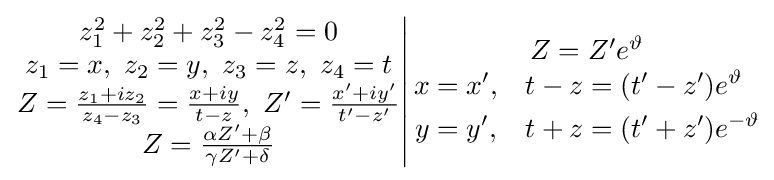
\left.{\begin{matrix}z_{1}^{2}+z_{2}^{2}+z_{3}^{2}-z_{4}^{2}=0\\z_{1}=x,\ z_{2}=y,\ z_{3}=z,\ z_{4}=t\\Z={\frac {z_{1}+iz_{2}}{z_{4}-z_{3}}}={\frac {x+iy}{t-z}},\ Z'={\frac {x'+iy'}{t'-z'}}\\Z={\frac {\alpha Z'+\beta }{\gamma Z'+\delta }}\end{matrix}}\right|{\begin{matrix}Z=Z'e^{\vartheta }\\{\begin{aligned}x&=x',&t-z&=(t'-z')e^{\vartheta }\\y&=y',&t+z&=(t'+z')e^{-\vartheta }\end{aligned}}\end{matrix}}